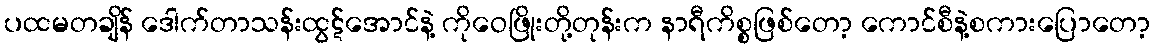
ပထမတချိန် ဒေါက်တာသန်းထွဋ်အောင်နဲ့ ကိုဝေဖြိုးတို့တုန်းက နာရီကိစ္စဖြစ်တော့ ကောင်စီနဲ့စကားပြောတော့